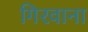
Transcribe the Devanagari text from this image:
गिरवाना